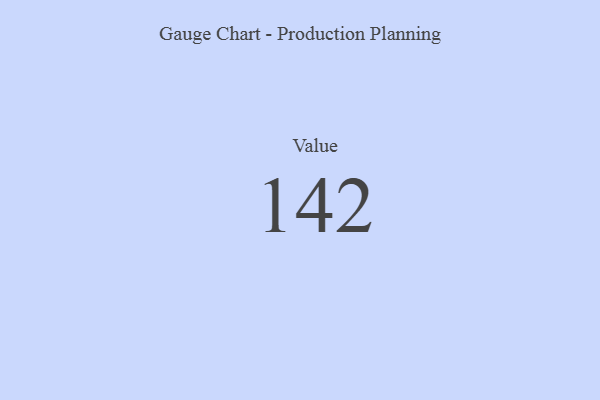
{"axis": {"x": "Metric", "y": "Value"}, "legend": [""], "data": [{"x": "Value", "y": 142, "type": ""}]}